Civil Veterinary Department. Central Provinces & Berar 1925-31 - 1925-1931
Year: 1925
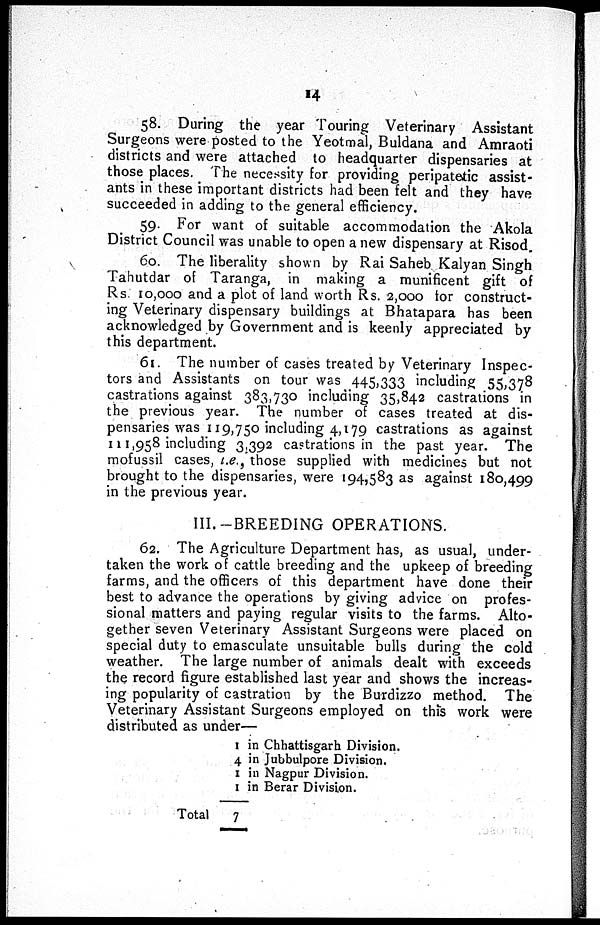
14
58. During the year Touring Veterinary Assistant
Surgeons were posted to the Yeotmal, Buldana and Amraoti
districts and were attached to headquarter dispensaries at
those places. The necessity for providing peripatetic assist-
ants in these important districts had been felt and they have
succeeded in adding to the general efficiency.
59. For want of suitable accommodation the Akola
District Council was unable to open a new dispensary at Risod.
60. The liberality shown by Rai Saheb Kalyan Singh
Tahutdar of Taranga, in making a munificent gift of
Rs. 10,000 and a plot of land worth Rs. 2,000 for construct-
ing Veterinary dispensary buildings at Bhatapara has been
acknowledged by Government and is keenly appreciated by
this department.
61. The number of cases treated by Veterinary Inspec-
tors and Assistants on tour was 445,333 including 55,378
castrations against 383,730 including 35,842 castrations in
the previous year. The number of cases treated at dis-
pensaries was 119,750 including 4,179 castrations as against
111,958 including 3,392 castrations in the past year. The
mofussil cases, i.e., those supplied with medicines but not
brought to the dispensaries, were 194,583 as against 180,499
in the previous year.
III.-BREEDING OPERATIONS.
62. The Agriculture Department has, as usual, under-
taken the work of cattle breeding and the upkeep of breeding
farms, and the officers of this department have done their
best to advance the operations by giving advice on profes-
sional matters and paying regular visits to the farms. Alto-
gether seven Veterinary Assistant Surgeons were placed on
special duty to emasculate unsuitable bulls during the cold
weather. The large number of animals dealt with exceeds
the record figure established last year and shows the increas-
ing popularity of castration by the Burdizzo method. The
Veterinary Assistant Surgeons employed on this work were
distributed as under—
Total
1 in Chhattisgarh Division.
4 in Jubbulpore Division.
1 in Nagpur Division.
1 in Berar Division.
7